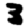
Digit: 3